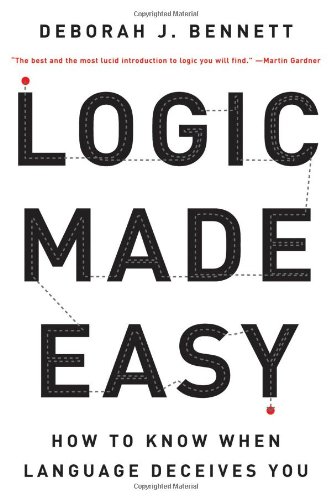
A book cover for Logic Made Easy: How to Know When Language Deceives You; Deborah J. Bennett; Politics & Social Sciences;